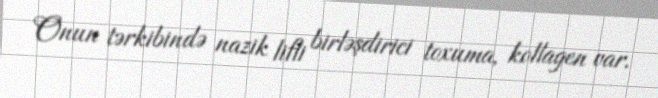
Onun tərkibində nazik lifli birləşdirici toxuma, kollagen var.